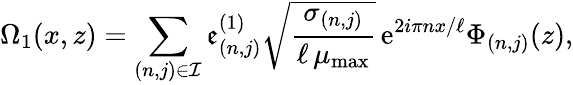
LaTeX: \Omega_{1}(x,z)=\sum_{(n,j)\in\mathcal{I}}\mathfrak{e}_{(n,j)}^{(1)}\sqrt{\frac{\sigma_{(n,j)}}{\ell\, \mu_{\mathrm{max}}}}\, \mathrm{e}^{2i\pi nx/\ell}\Phi_{(n,j)}(z),